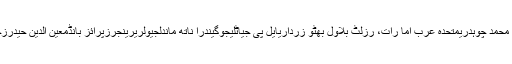
نیٹوجان محمد جمالیمولانا عبدالعزیزغوث بخش بزنجوفردوس عاشق اعوانافتخار محمد چوہدریمتحدہ عرب اما رات، رزلٹ بلاول بھٹو زرداریایل پی جیاٹلیجوگيندرا ناتھ ماندلجیولریرینجرزپرائز بانڈمعین الدین حیدرزخمیسانحہ گلشن اقبال لاہورصاحبزادہ حاجی فضل کریمسید عبداللہ شاہوقار یونس